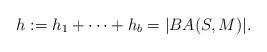
LaTeX: \begin{align*}h := h_1 + \cdots + h_b = |BA(S,M)|.\end{align*}